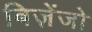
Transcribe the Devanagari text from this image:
बिज़ेंजो